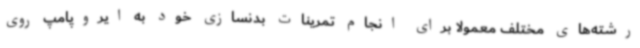
رشته‌های مختلف معمولا برای انجام تمرینات بدنسازی خود به ایروپامپ روی